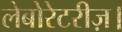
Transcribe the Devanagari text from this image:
लेबोरेटरीज़।